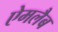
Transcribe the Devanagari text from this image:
ऐमलैब